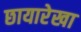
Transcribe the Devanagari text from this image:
छायारेखा